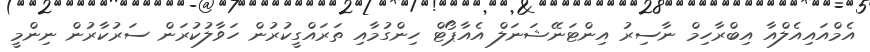
އެމްއައިއެލްއާ އިބްރާހިމް ނާސިރު އިންޓަނޭޝަނަލް އެއާޕޯޓް ހިންގުމާއި ތަރައްގީކުރުން ހަވާލުކުރަން ސަރުކާރުން ނިންމީ